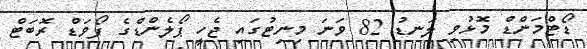
ޑޯޓްމަންޑް މޮޅުވި ލަނޑު 82 ވަނަ މިނިޓުގައި ޖެހީ ޕޯލެންޑްގެ ފޯވަޑް ރޮބަޓް